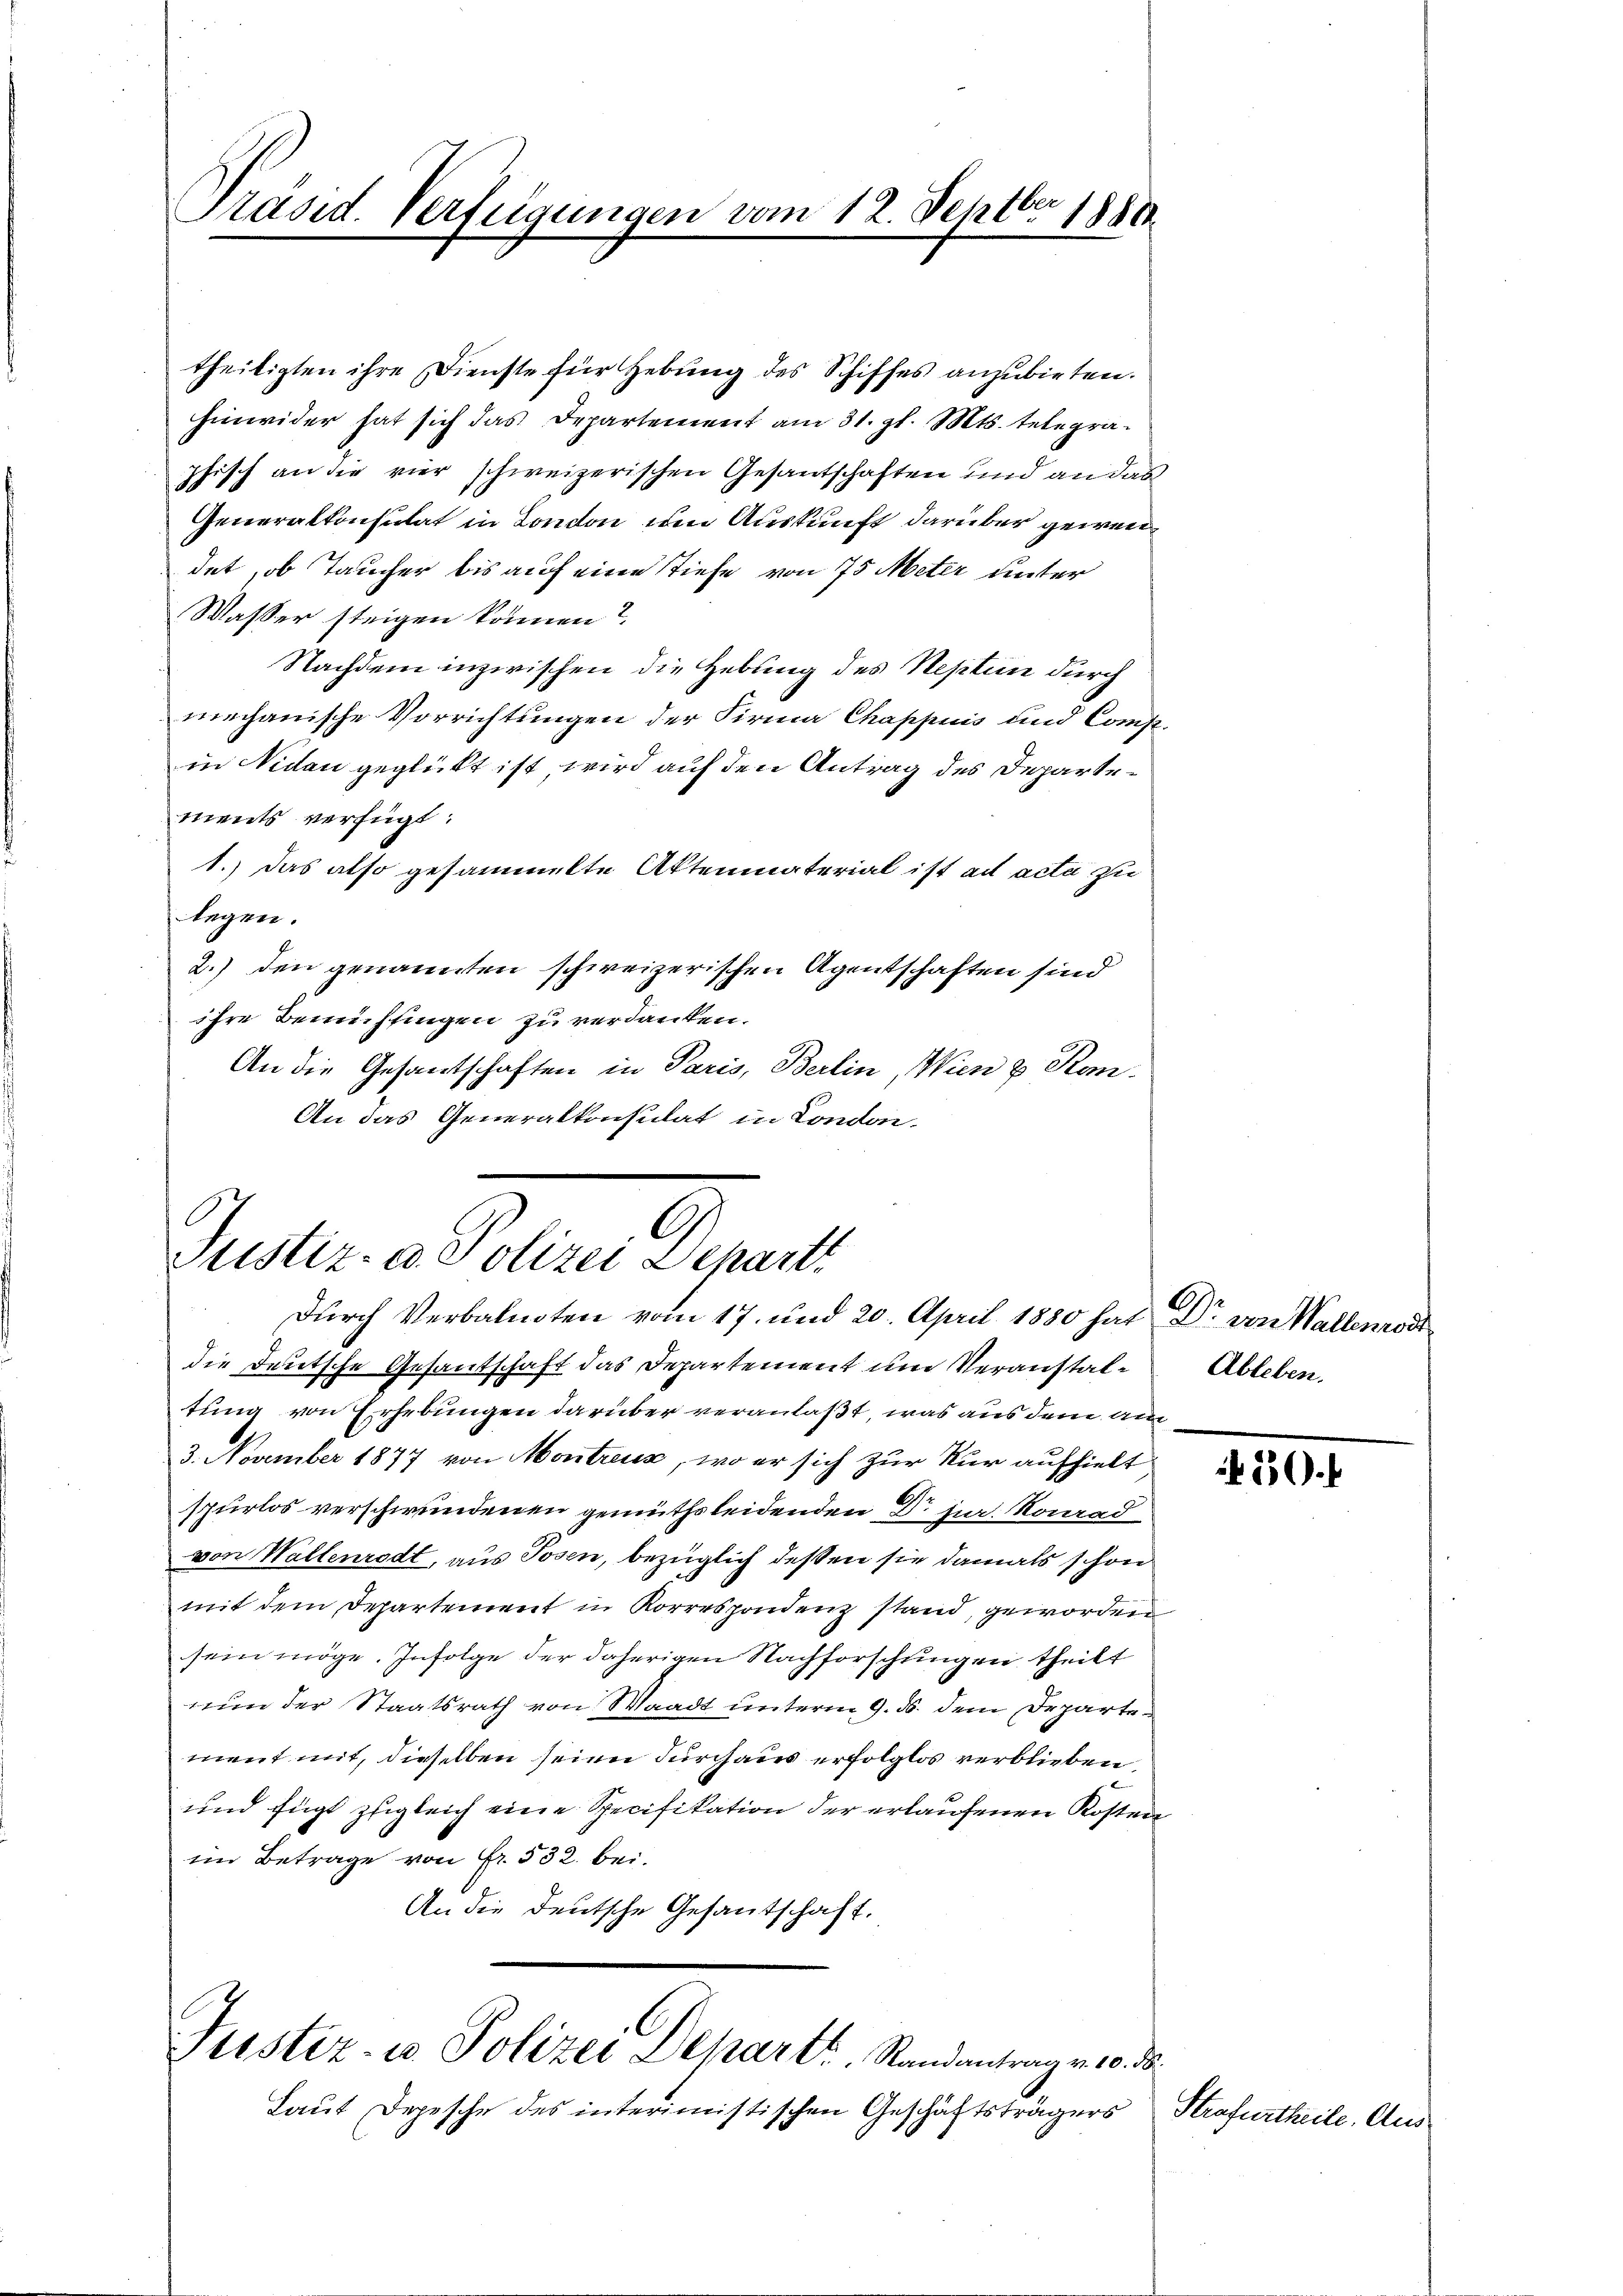
Präsid. Verfügung

theiligten ihre Dienste für Hebung des Schiffes anzubieten.
hinwider hat sich das Departement am 31. gl. Mts. telegraphisch an die vier schweizerischen Gesantschaften und an das
Generalkonsulat in London um Auskunft darüber gewendet, ob Teucher bis auf eine tiefe von 75 Meter unter
Wasser steigen können?
Nachdem inzwischen die Hebung des Neptum durch
mechanische Vorrichtungen der Firma Chappuis und Comftin Nidau geglückt ist, wird auf den Antrag des Departements verfügt:
1.) Das also gesammelte Aktenmaterial ist ad acta zu
legen.
2.) den genannten schweizerischen Agentschaften sind
ihre Bemühlingen zu verdanken.
An die Gesantschaften in Paris, Berlin, Wien & Kan-
An das Generalkonsulat in London.

die Deutsche Gesantschaft das Departement um Veranstal- Ableben.
tung von Erhebungen darüber veranlaßt, was aus dem am
3. November 1877 von Montreux, wo er sich zur Nur aufhielt
spurlos verschwundenen gemüthsleidenden Dr. jur. Konrad
von Wallenrodt, aus Posen, bezüglich dessen sie damals schon
mit dem Departement in Korrespondenz stand, geworden
sein möge. Infolge der daherigen Nachforschungen theilt
in der Staatsrath von Waadt unterm 9. ds. dem Departement mit, dieselben seien durchaus erfolglos verblieben,
und fügt zugleich eine Specifikation der erlaufenen Kosten
ein Betrage von Fr. 532. bei.
An die deutsche Gesantschaft.

12. Septbr 1880

G
Justiz- & Polizei Depart
Durch Verbalnoten vom 17. und 20. April 1880 hat Dr. von Wallenrod

Justiz- u Polizei Depart. Randantrag v. 10. d.

Laut Depesche des interimistischen Geschäftsträgers

450.

Strafurtheile. Aus